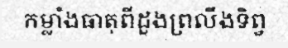
កម្លាំងធាតុពីដួងព្រលឹងទិព្វ